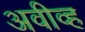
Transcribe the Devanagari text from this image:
अवीव्ह